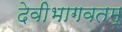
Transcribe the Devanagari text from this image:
देवीभागवतम्